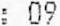
: 09